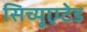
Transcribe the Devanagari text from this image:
सिच्यूएटेड